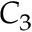
C _ { 3 }